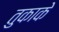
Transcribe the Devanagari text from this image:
तुकाके